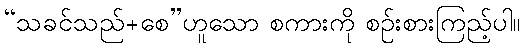
“သခင်သည်+စေ”ဟူသော စကားကို စဉ်းစားကြည့်ပါ။